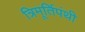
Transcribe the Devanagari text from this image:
त्रिमूर्तिपंथी